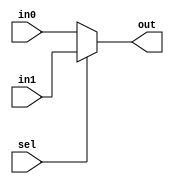
module MUX2(input[1:0] in0, input[1:0] in1, input sel, output reg[1:0] out);
	always@(in0 or in1 or sel) begin
		if (sel == 0) begin
			out = in0;
		end
		else begin 
			out = in1;
		end
	end
endmodule